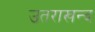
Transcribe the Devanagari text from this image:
उतराखन्द